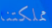
مملكتنا